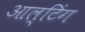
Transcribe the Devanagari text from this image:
आल्टिंग